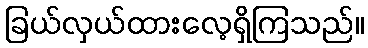
ခြယ်လှယ်ထားလေ့ရှိကြသည်။